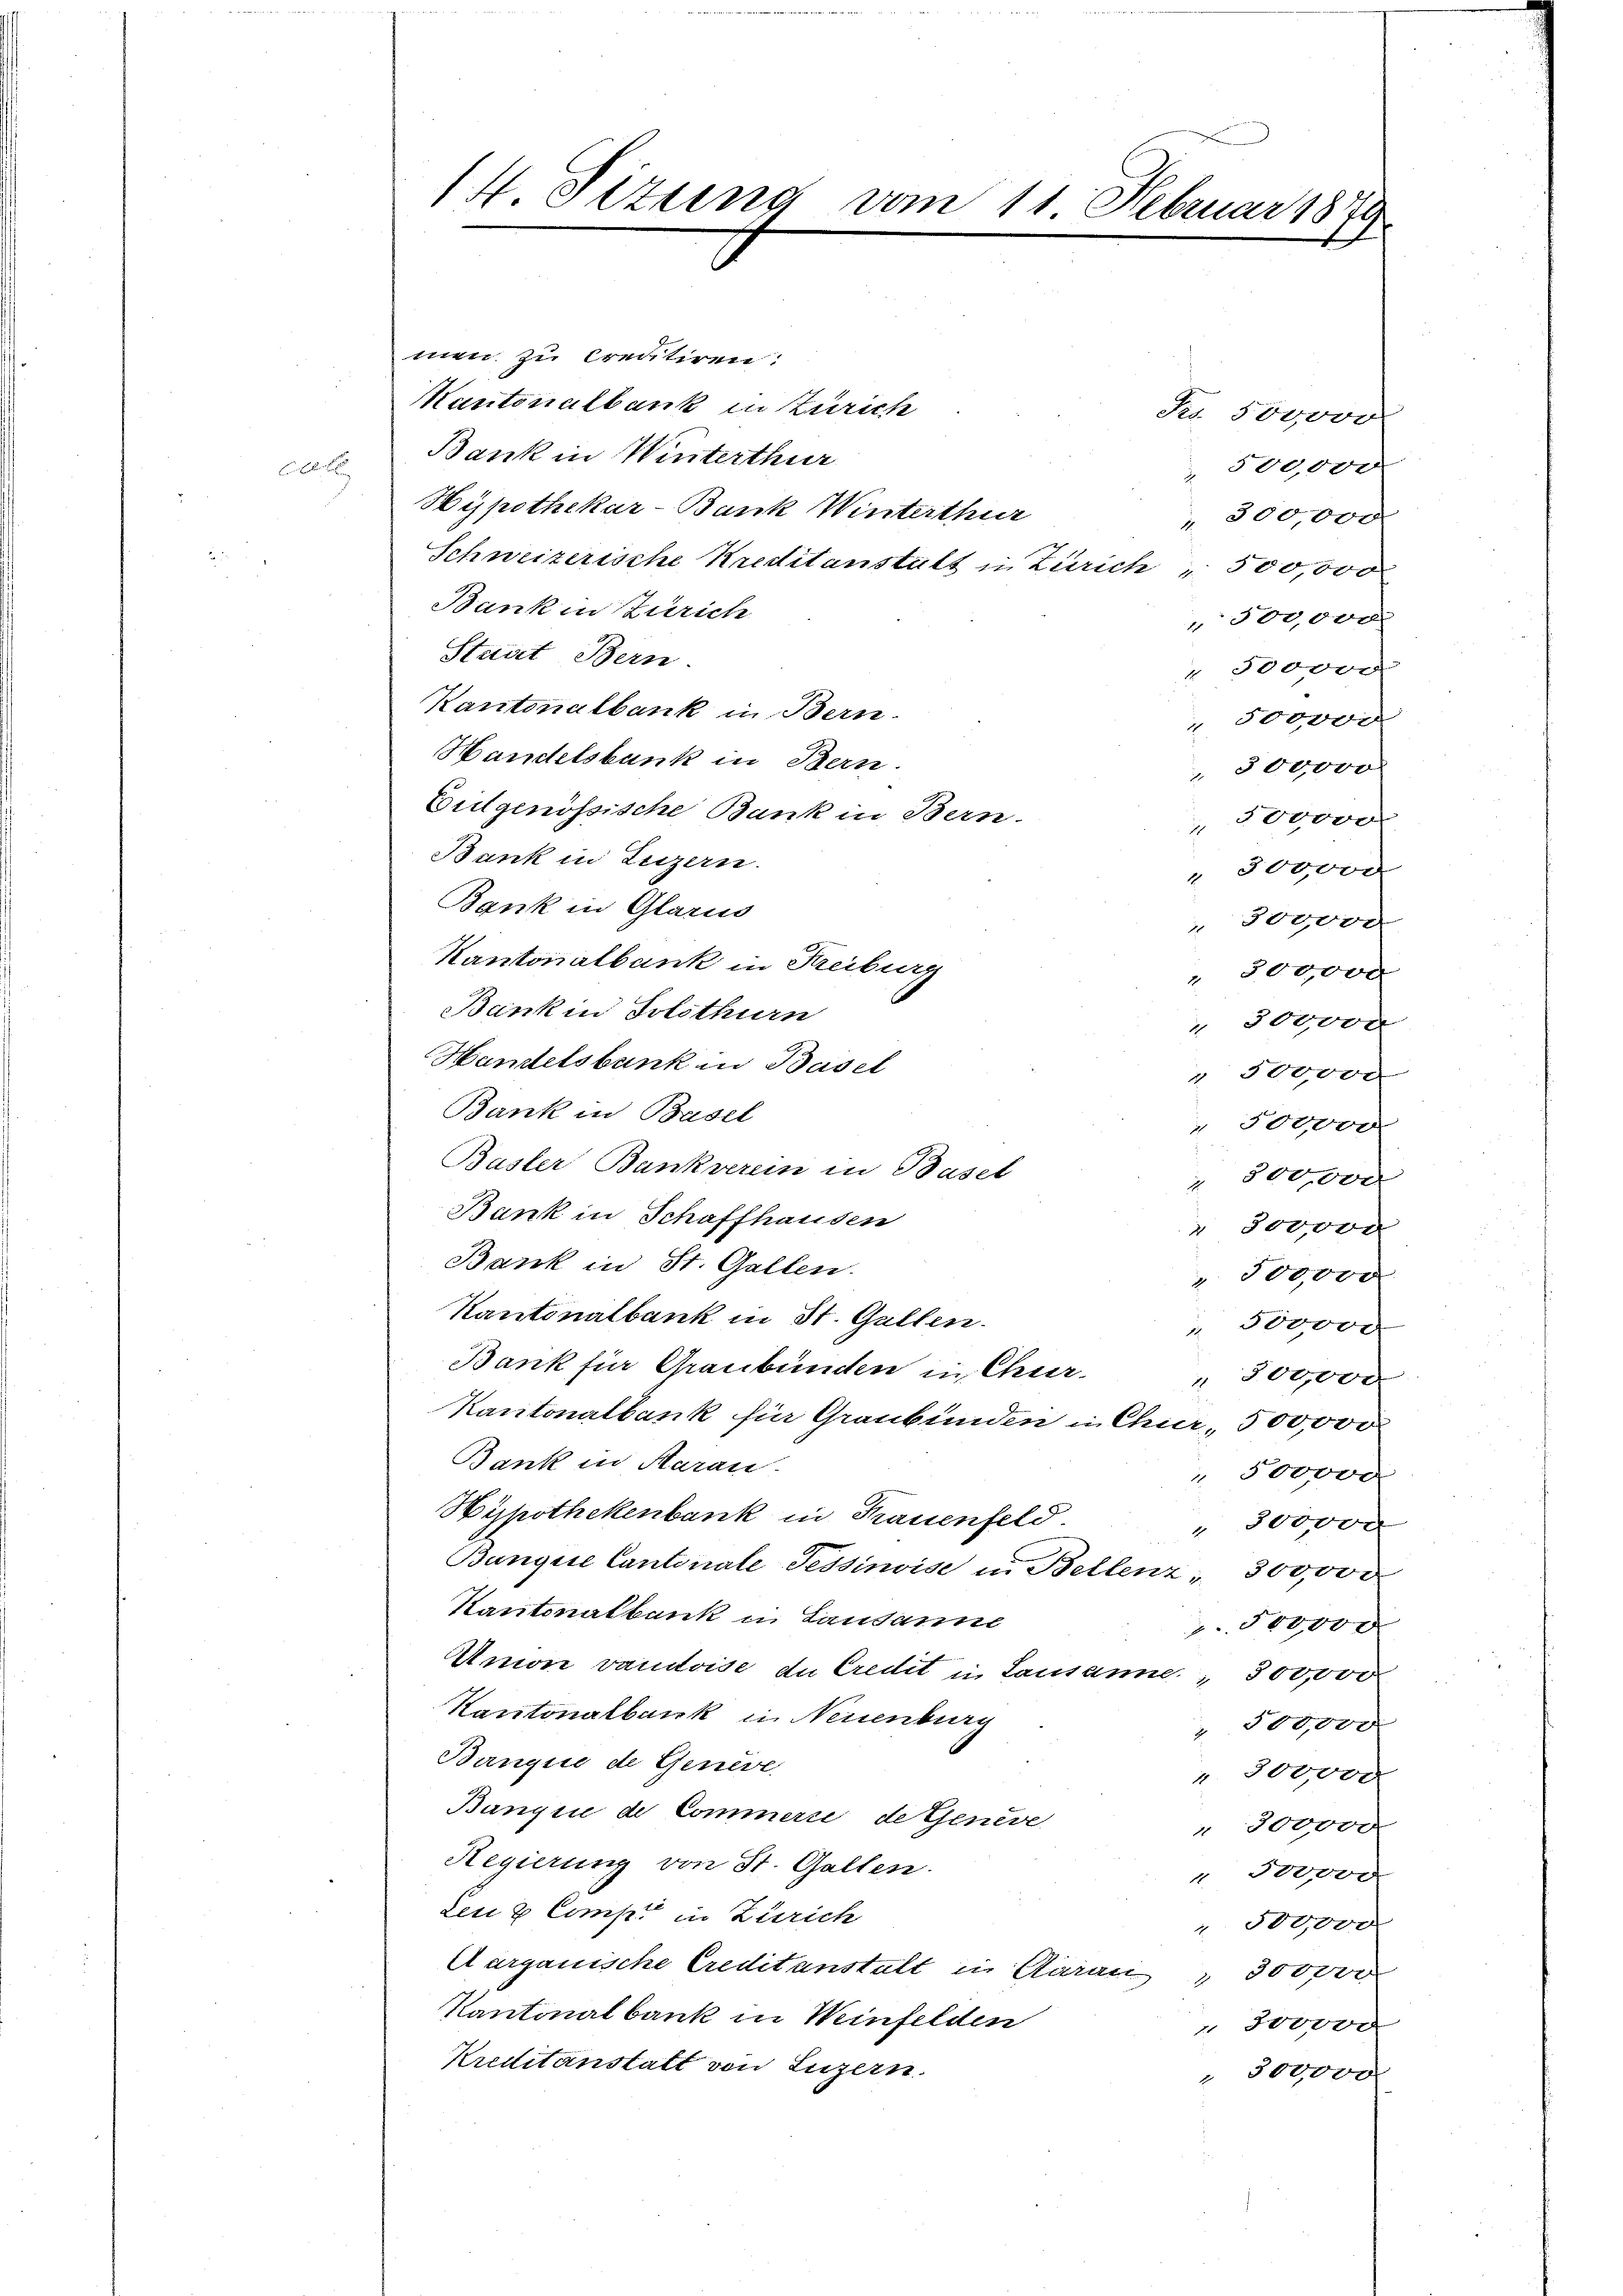
14. Tizung vom 11. Februar 1870.

men zu Creditiren:
Kantonalbank in Zürich
Fr. 500000
Bank in Winterthur
500,000
Er bei
Hypothekar-Bank Winterthur
 300,000
Schweizerische Kreditanstalt in Zürich " 500,000
Bank in Zürich
300,000.
Stadt Bern.
" 300000
Kantonalbank in Bern-
500,000
Handelsbank in Bern.
" 300000
Culgenössische Bank in Bern.
300000
Bank in Luzern.
" 300000
Bank in Glarus
" 300000
Kantonalbank in Kreiburg
" 300000
Bankin Solothurn
 300000
Handelsbank in Basel
 500,000
Bank in Basel
 300000
Basler Bankverein in Basel
 500000
Bank in Schaffhausen
 300000
Bank in St. Gallen.
 300,000
Kantonalbank in St. Gallen.
" 500000
Bank sie Graubünden in Chur
" 300000
Kantonalbank für Graubünden in Chur, 500,000
Bank in Aarau
 500000
Hypothekenbank in Frauenfeld.
 800,000
Banque Cantonale Tessinoise in Bellenz, 300,000.
Kantonalbank in Lausanne
500,00 x
Unione vaudoise de Credit in Lausanne, 300,000
Kantonalbank in Neuenburg
 500,000
Banquie de Genève,
r. 300,000
Bangin de Commerre de Geneve
" 300,000
Regierung von St. Gallen.
" 300,000
Leu & Comp. in Zürich
" 500000
Aargauische Creditanstalt in Aarau " 300000
Kantonalbank in Weinfelden
. 300000
Kreditanstatt von Luzern.
" 300,000